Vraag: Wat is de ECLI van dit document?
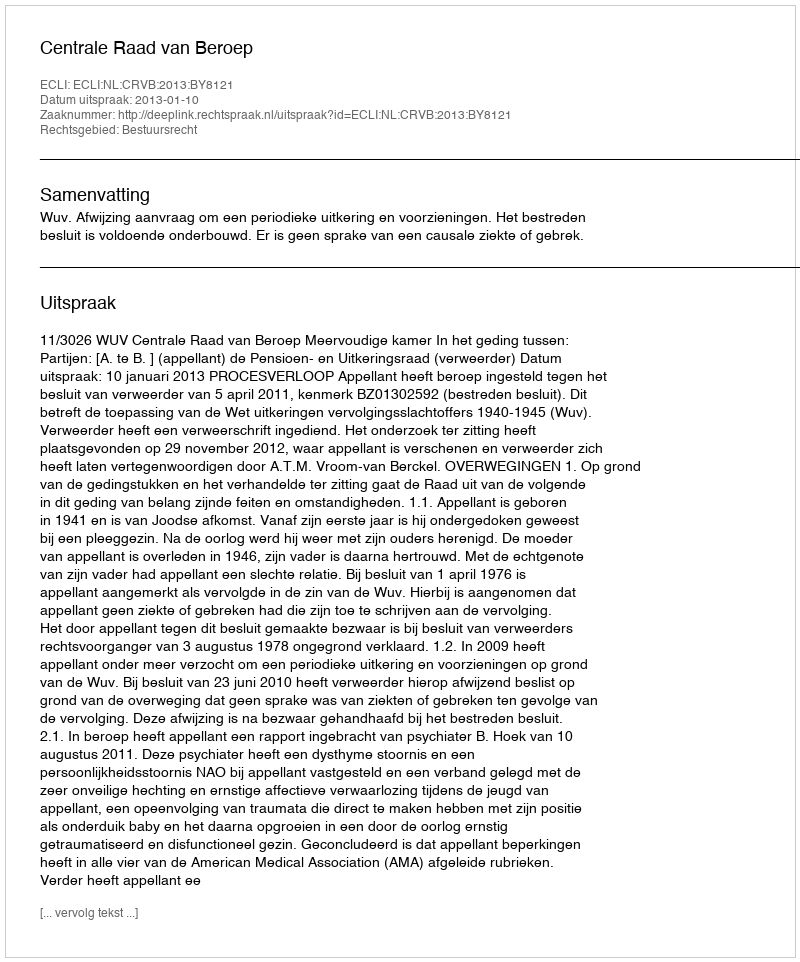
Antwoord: ECLI:NL:CRVB:2013:BY8121